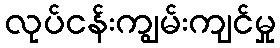
လုပ်ငန်းကျွမ်းကျင်မှု